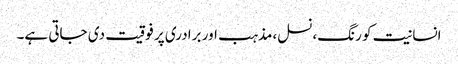
انسانیت کو رنگ،نسل،مذہب اور برادری پر فوقیت دی جاتی ہے۔